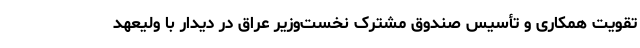
تقویت همکاری و تأسیس صندوق مشترک نخست‌وزیر عراق در دیدار با ولیعهد